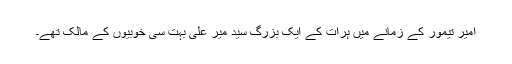
امیر تیمور کے زمانے میں ہرات کے ایک بزرگ سید میر علی بہت سی خوبیوں کے مالک تھے۔